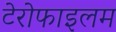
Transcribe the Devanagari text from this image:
टेरोफाइलम